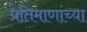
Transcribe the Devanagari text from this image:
प्रतिमाणांच्या